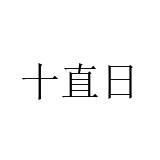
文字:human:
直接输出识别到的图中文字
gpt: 十直日